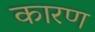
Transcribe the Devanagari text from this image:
कारण्‍ा